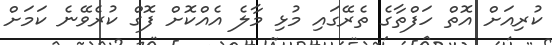
ކުރިއަށް އޮތް ހަފްތާގެ ތެރޭގައި މުޅި މާލެ އެއްކޮށް ފޮގް ކުރެވޭނެ ކަމަށް